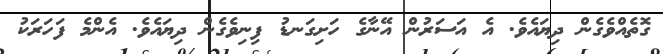
ގޮތެއްވެގެން ދިޔައެވެ. އެ އަސަރުން އޭނާގެ ހަށިގަނޑު ފިނިވެގެން ދިޔައެވެ. އެންމެ ފަހަރަކު